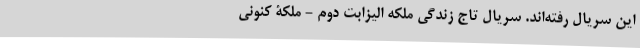
این سریال رفته‌اند. سریال تاج زندگی ملکه الیزابت دوم - ملکۀ کنونی